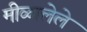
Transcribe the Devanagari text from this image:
मीळालेले